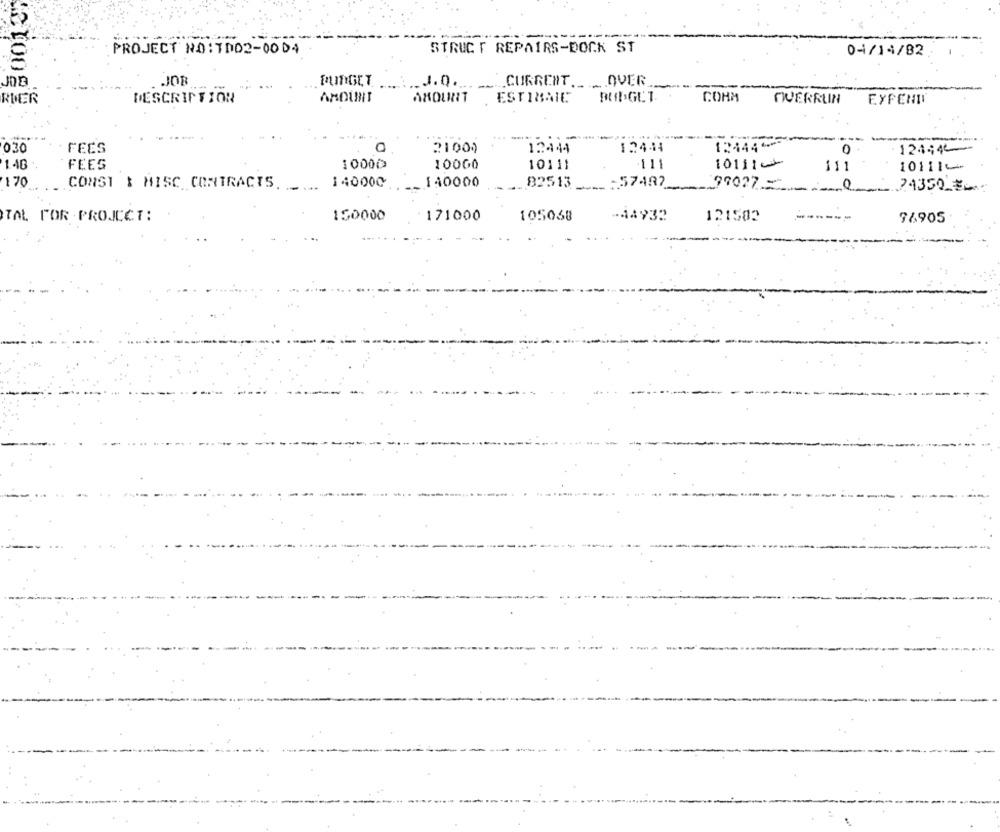
PROJECT NO : 7002 -00 04
STRUCT REPAIRS-DOCK ST
04/14/82
JOB
.. J.0 ...
CURRENT __ OVER
RIER
DESCRIPTION
AMOUNT
AMOUNT
ESTIBAIC
COHM
OVERRUN
EXPENDI
--
030
FEES
21000
12444
12444
124441
0
12444
1-46
FEES
10000
10000
10111
111
10111-1
10111-
111
170
140000
140000
82513
:57497
CONST & MISC CONTRACTS.
99027=
24350_3
150000
171000
105068
-44932
121502
TAL FOR PROJECT:
76905